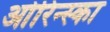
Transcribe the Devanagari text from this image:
ओरिन्स्का